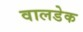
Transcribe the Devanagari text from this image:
वालडेक